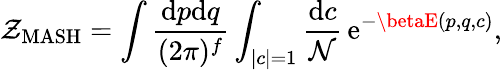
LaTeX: \mathcal{Z}_{\mathrm{{MASH}}}=\int\frac{{\mathrm{{d}}p\mathrm{{d}}q}}{{(2\pi)^{f}}}\int_{|c|=1}\frac{{\mathrm{{d}}c}}{{\mathcal{{N}}}}\, \mathrm{{e}}^{-\betaE(p,q,c)},